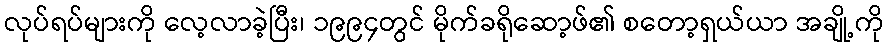
လုပ်ရပ်များကို လေ့လာခဲ့ပြီး၊ ၁၉၉၄တွင် မိုက်ခရိုဆော့ဖ်၏ စတော့ရှယ်ယာ အချို့ကို